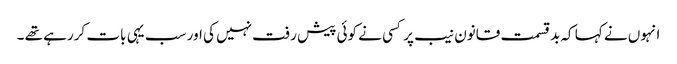
انہوں نے کہا کہ بدقسمت قانون نیب پر کسی نے کوئی پیش رفت نہیں کی اور سب یہی بات کررہے تھے ۔